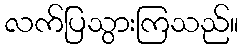
လက်ပြသွားကြသည်။